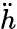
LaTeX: \ddot{h}